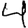
Digit: 4